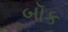
બૉક